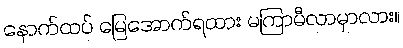
နောက်ထပ် မြေအောက်ရထား မကြာမီလာမှာလား။